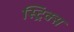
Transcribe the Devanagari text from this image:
स्ट्रिक्स